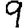
Digit: 9